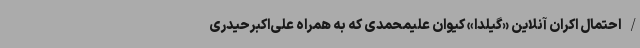
/ احتمال اکران آنلاین «گیلدا» کیوان علیمحمدی که به همراه علی‌اکبرحیدری